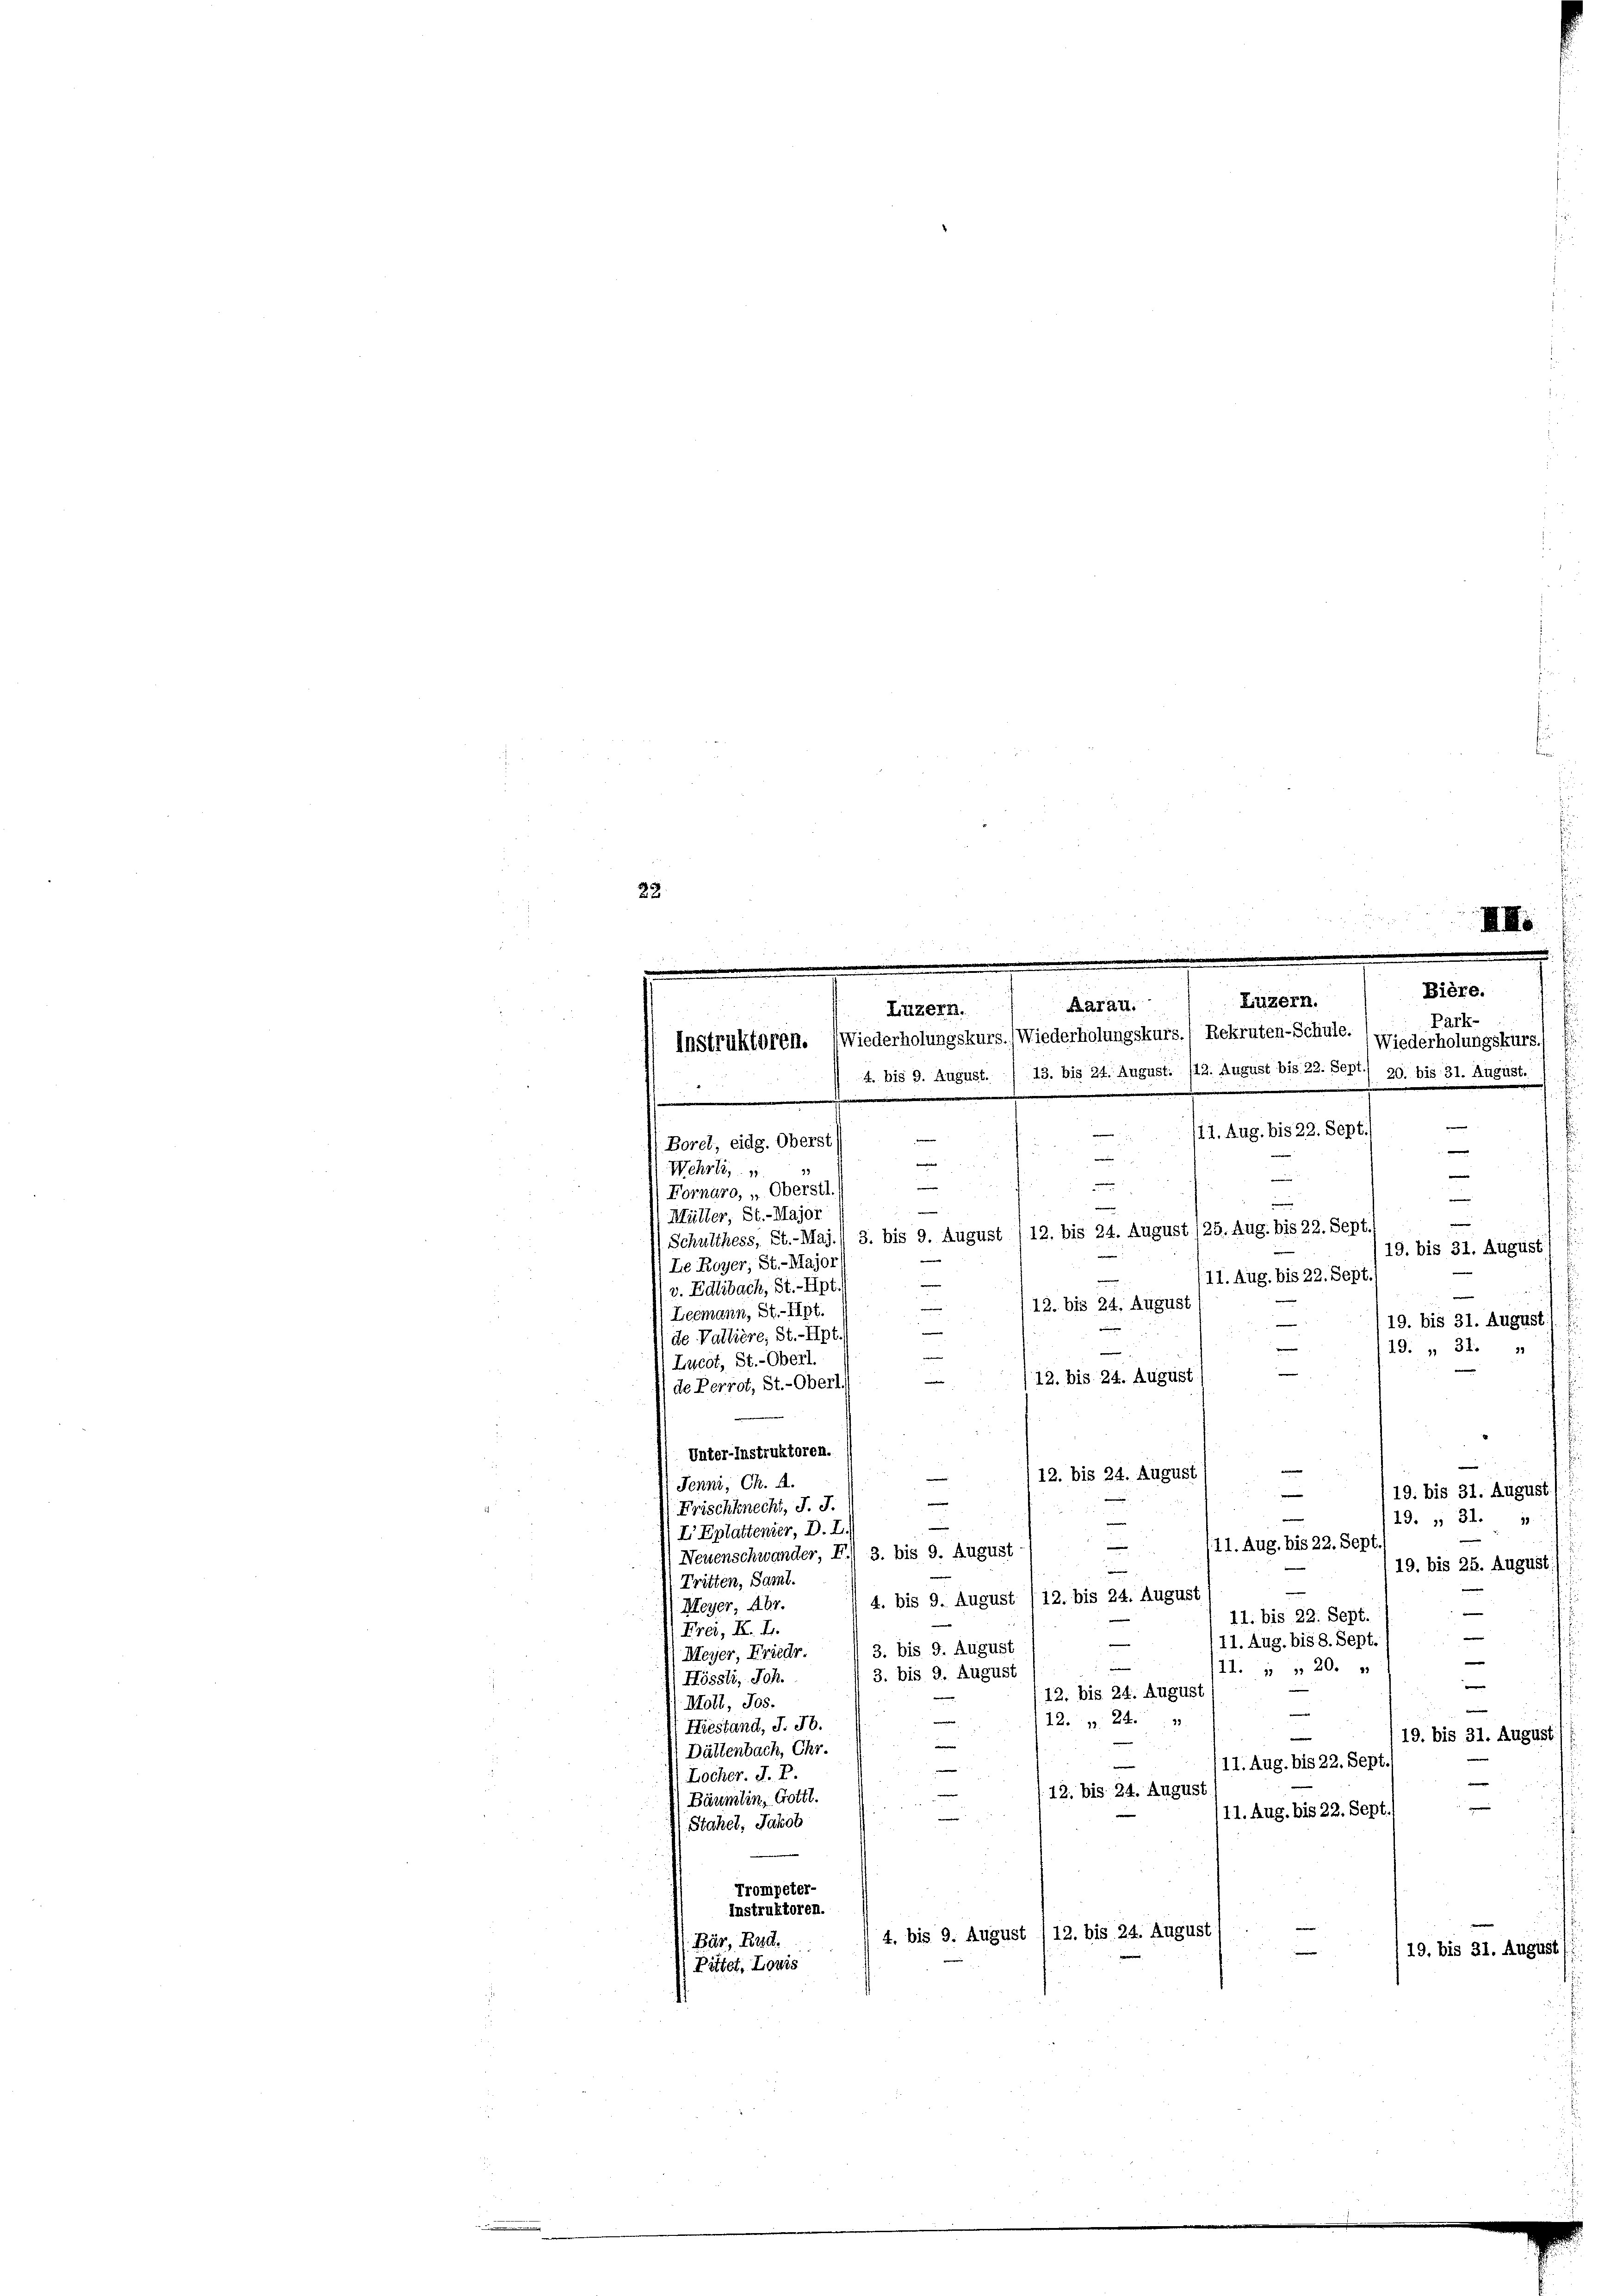
22

.
) Neuenschwander, F. 3. bis 9. August
 Tritten, Samt.
M. Meyer, Abr
Frei, K. H.
Meyer, Friedr.
Hössli, Sch.
Moll, Jos.
Hiestand, J. Jb.
Dättenbach, Chr.
Locher. J. P.
Bäumlin, Gottl.
Stahel, Jakob
Trompeter-
Instruktoren.
Bär, Rud.
(Pittet, Lowis

Bière.
Park-

Luzern.
2x
Baran.
Luzern.
Instruktoren. (Wiederholungskurs. (Wiederholungskurs.) Rekruten-Schule. (Wiederholungskurs f
4. bis 9. August. / 13. bis 24. August. /12. August bis 22. Sept./ 20. bis 31. August.

/11. Aug. bis 22. Sept.)
e
Borel, eidg. Oberst
e
u
e

Wehrli,
m
e
Fornaro, „Oberstl.
e
in
—
Müller, St.-Major
n
Schulthess, St.-Maj./ 3. bis 9. August 112. bis 24. August 125. Aug. bis 22. Sept./
19. bis 31. August) f
Le Royer, St.-Major
/11. Aug. bis 22. Sept.
a
v. Edlibach, St.- Hpt
12. bis 24. August
e
Leemann, St.- Alpt.
19. bis 31. August.
—
(de Vallière, St.-Hpt.
19. „ 31.
Lucot, St.-Oberl.
12. bis 24. August
e
de Perrot, St.-Oberl
Unter-Instruktoren.
112. bis 24. August
Jenni, Ch. A.
e
19. bis 31. August)
Frischknecht, J. J.

19. „ 31. 11.
e

IEplattender, D. T.)
(21. Aug. bis 22. Sept
.

.

4. bis 9. August /12. bis 24. August
11. bis 22. Sept.
—
11. Aug. bis 8. Sept.
“
3. bis 9. August
e
e
il. 1 " 20.
3. bis 9. August
e
12. bis 24. August
—
1224
e
n
19. bis 31. August
e
—
11. Aug. bis 22. Sept.
.12. bis 24. August
/11. Aug. bis 22. Sept./
4. bis 9. August /12. bis 24. August
19. bis 31. August)

119. bis 25. August)
m